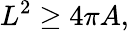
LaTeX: L^{2}\geq 4\pi A,